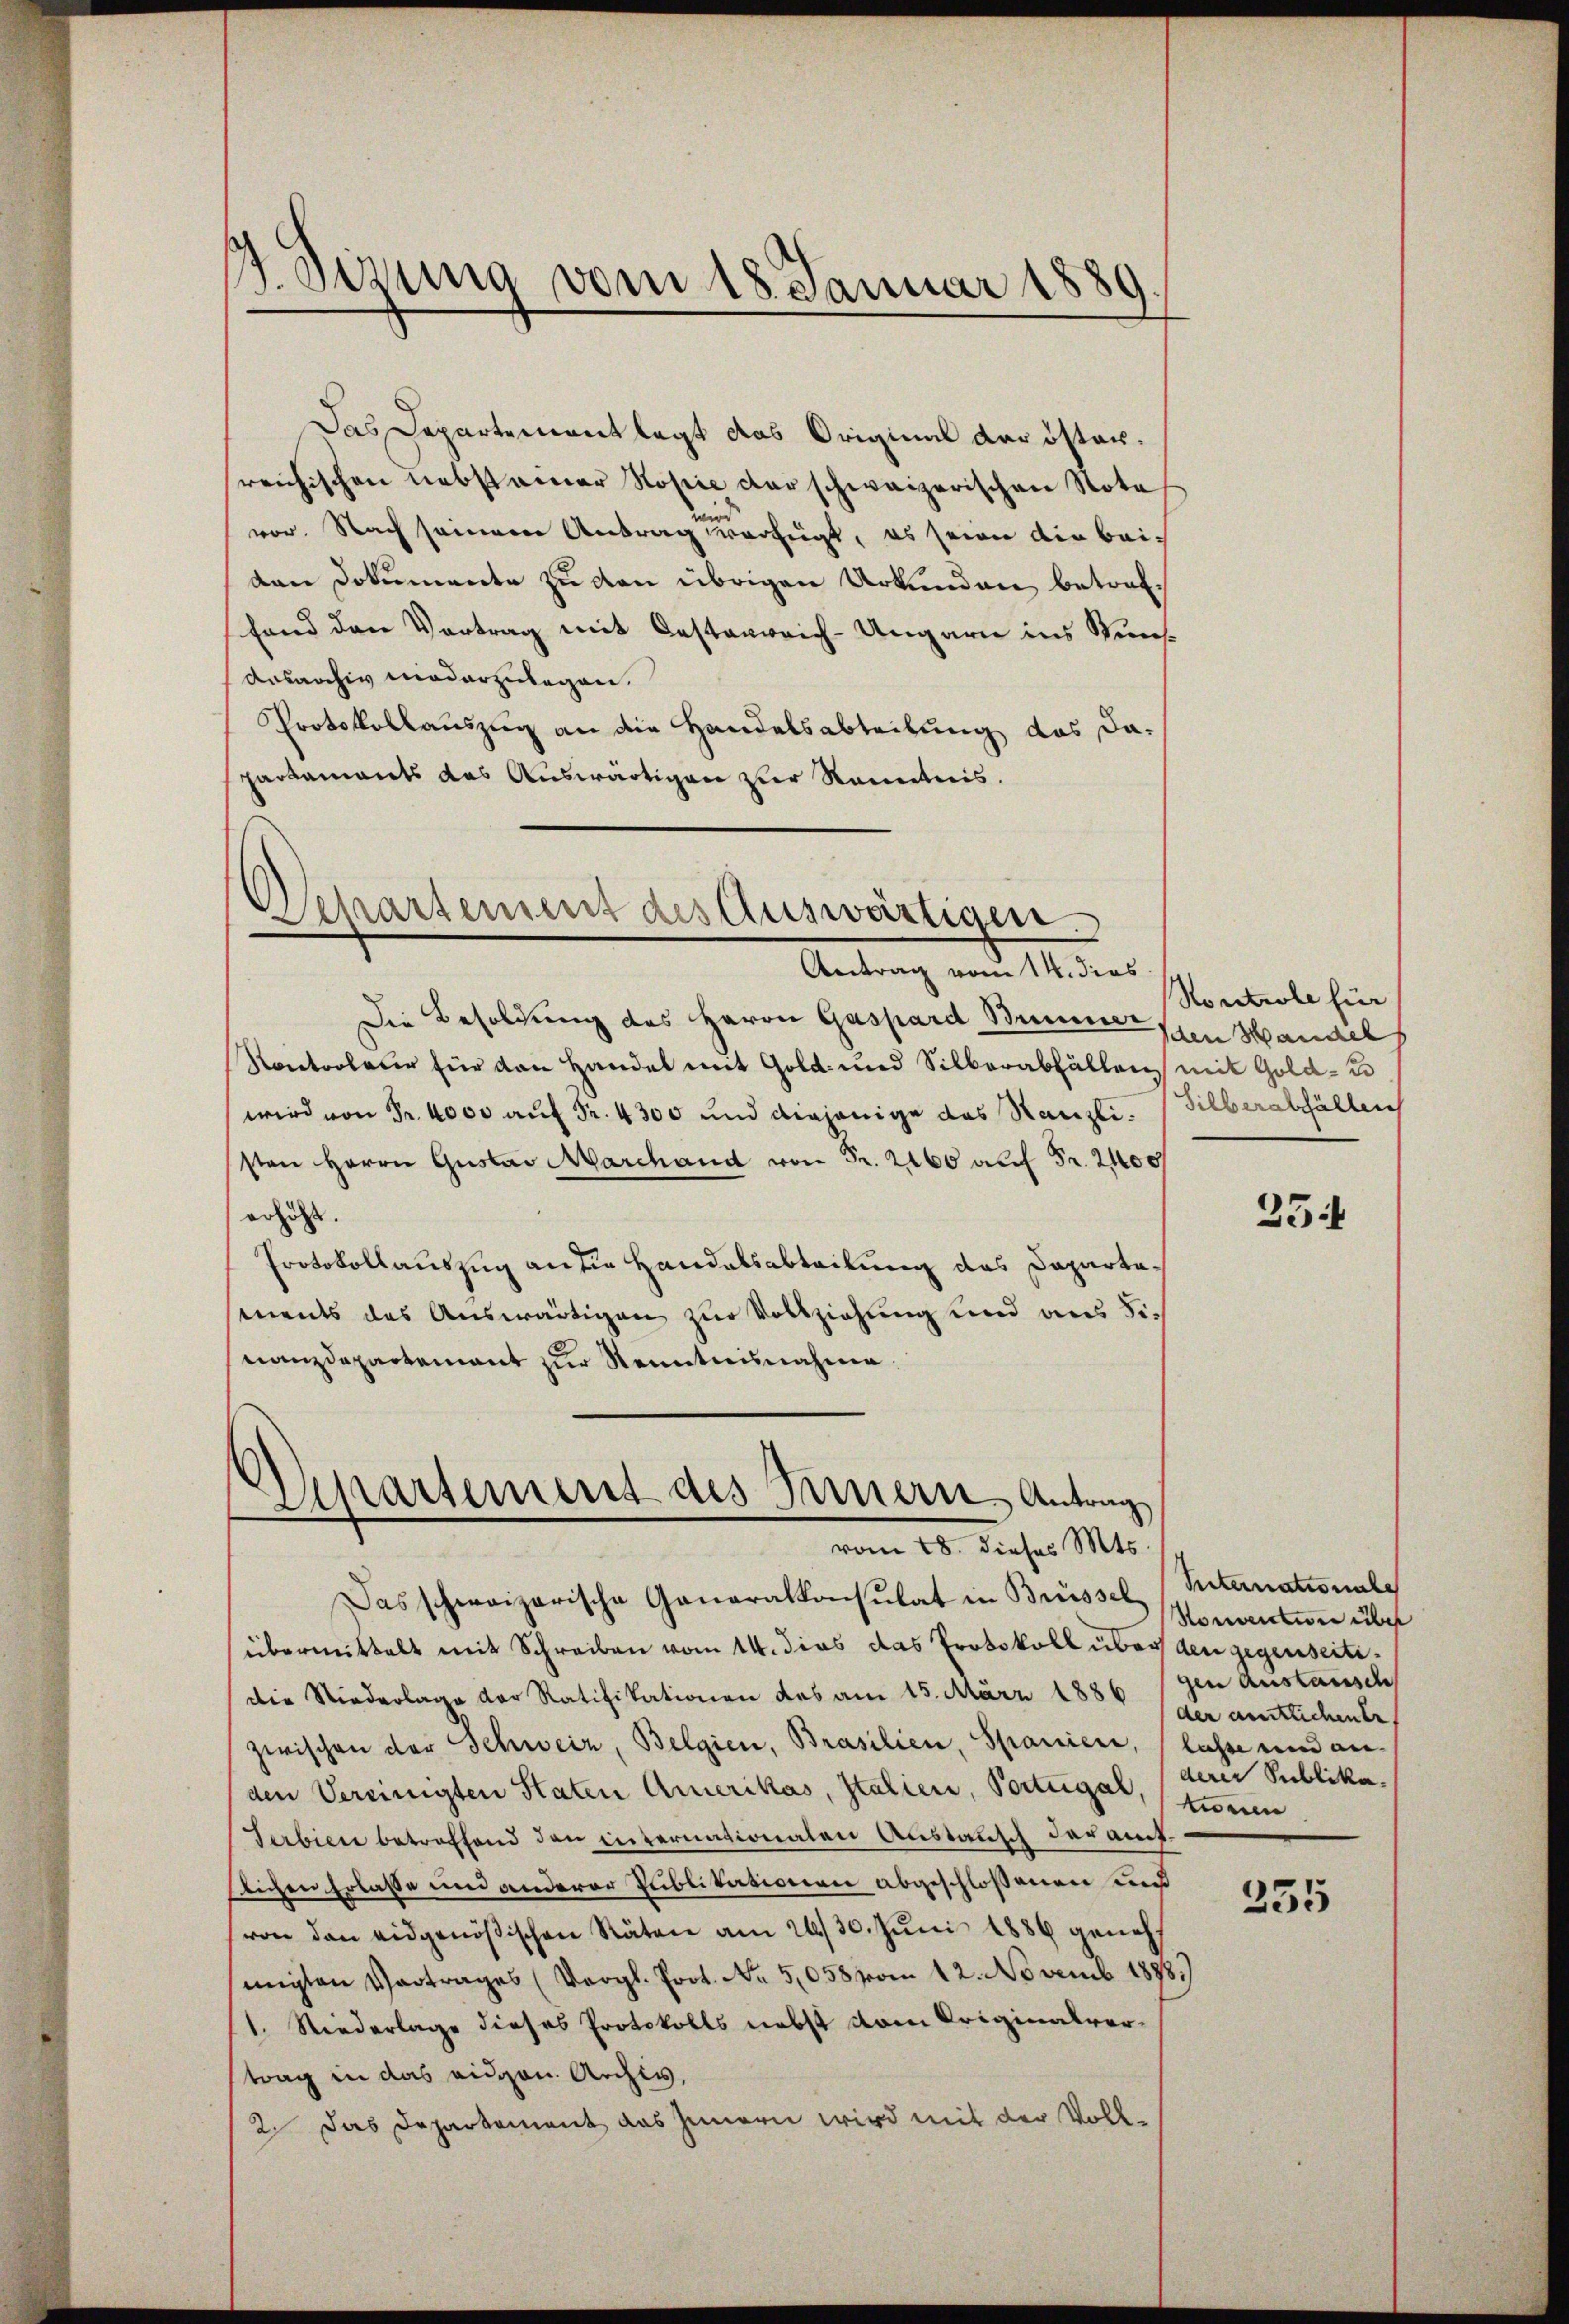
J. Sizung vom 18. Januar 1889
.

Das Departement legt das Original der östersreichischen nebstammer Kopie der schweizerischen Nota
vor. Nach seinem Antrag verfügt, es seien die beidan Dokumente zu von übrigen Urkunden betreffand den Vertrag mit Oestenreich-Ungarn ins Wuns¬
Ausarchiv niederzulegen.
Protokollauszug an die Handelsabteilung das dapartaments das Auswärtigen zur Kenntnis.

Separtement des Auswärtigen.
Antrag vom 14. dies

Die Besoldung des Herrn Gaspard Bummer
Kontroleur für den Handel mit Gold- und Silberabfällen mit Gold- u
wird von Fr. 4000 auf Fr. 4300 und diejenige das Kanzli. Silberabfällen
sten Herrn Gustav Marchand von Fr. 2160 auf Fr. 2100
erhöht.
Protokollauszug an die Handelsabteilung des Dapartaments das Auswärtigen zur Vollziehung und aus Sic
nanzdepartement zur Kenntnisnahme.

Zipartement des Innern Antrag
vom 18. dieses Mts.

Kontrole für
den Manchel

Das schweizerische Ganaralkonsulat in Brüssel
übermittelt mit Schreiben vom 14. dies das Protokoll über den gegenseitidie Niederlage der Ratifikationen des am 15. März 1886 gen Austausch
zwischen der Schweiz, Belgien, Brasilien, Spaniere, lasse und anden Vereinigten Staten Amerikas, Italien, Portugal, (tinen
Serbiere betreffend den internationaten Austausch der amtllichen Erlasse und anderer Publikationen abgeschlossenen und
von den eidgenößischen Räten am 28/30. Juni 1886 genehmigten Vortrages (Vergl. Prot. No 5,058 vom 12. Novemb. 1878.)
1. Niederlage dieses Protokolls nebst vom Originalvertrag in das eidgen. Archiv,
2. Das Departement das Innern wird mit der Voll¬

254

Suternationale
Nonvention über
der amtlichente
derer Publika

235